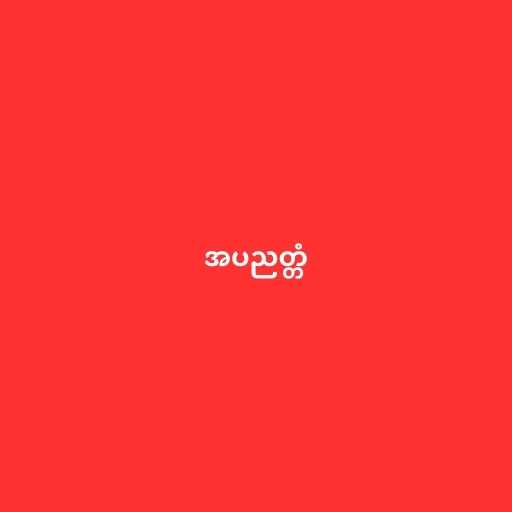
အပညတ္တံ